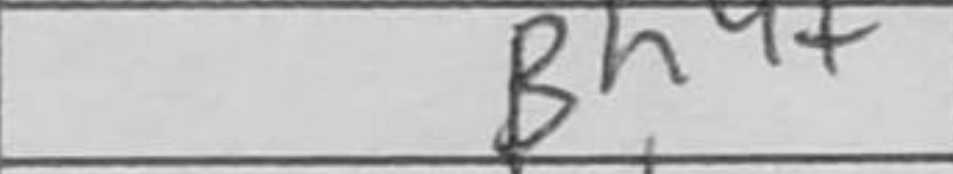
Transcription: Bh4+